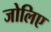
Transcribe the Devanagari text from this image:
जोलिए